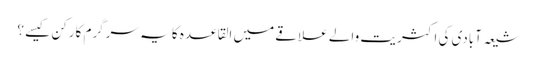
شیعہ آبادی کی اکثریت والے علاقے میں القاعدہ کا یہ سرگرم کارکن کیسے ؟